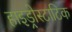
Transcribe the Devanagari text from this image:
हाइड्रोस्टाटिक